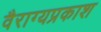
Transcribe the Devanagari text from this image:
वैराग्यप्रकाश